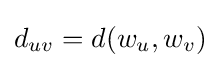
d_{uv}=d(w_{u},w_{v})